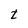
Character: t